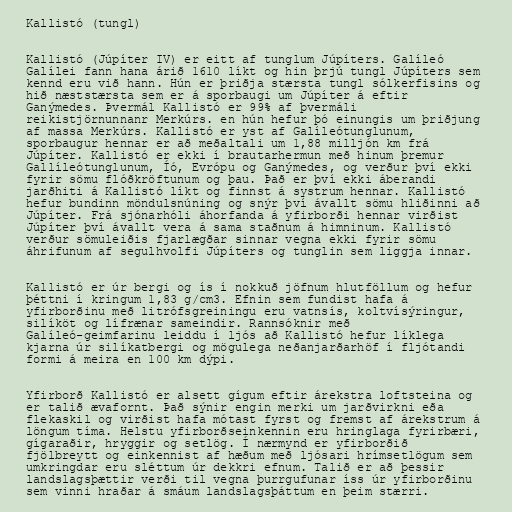
Kallistó (tungl)

Kallistó (Júpíter IV) er eitt af tunglum Júpíters. Galíleó
Galílei fann hana árið 1610 líkt og hin þrjú tungl Júpíters sem
kennd eru við hann. Hún er þriðja stærsta tungl sólkerfisins og
hið næststærsta sem er á sporbaugi um Júpíter á eftir
Ganýmedes. Þvermál Kallistó er 99% af þvermáli
reikistjörnunnanr Merkúrs. en hún hefur þó einungis um þriðjung
af massa Merkúrs. Kallistó er yst af Galíleótunglunum,
sporbaugur hennar er að meðaltali um 1,88 milljón km frá
Júpíter. Kallistó er ekki í brautarhermun með hinum þremur
Gallíleótunglunum, Íó, Evrópu og Ganýmedes, og verður því ekki
fyrir sömu flóðkröftunum og þau. Það er því ekki áberandi
jarðhiti á Kallistó líkt og finnst á systrum hennar. Kallistó
hefur bundinn möndulsnúning og snýr því ávallt sömu hliðinni að
Júpíter. Frá sjónarhóli áhorfanda á yfirborði hennar virðist
Júpíter því ávallt vera á sama staðnum á himninum. Kallistó
verður sömuleiðis fjarlægðar sinnar vegna ekki fyrir sömu
áhrifunum af segulhvolfi Júpíters og tunglin sem liggja innar.

Kallistó er úr bergi og ís í nokkuð jöfnum hlutföllum og hefur
þéttni í kringum 1,83 g/cm3. Efnin sem fundist hafa á
yfirborðinu með litrófsgreiningu eru vatnsís, koltvísýringur,
silíköt og lífrænar sameindir. Rannsóknir með
Galíleó-geimfarinu leiddu í ljós að Kallistó hefur líklega
kjarna úr silíkatbergi og mögulega neðanjarðarhöf í fljótandi
formi á meira en 100 km dýpi.

Yfirborð Kallistó er alsett gígum eftir árekstra loftsteina og
er talið ævafornt. Það sýnir engin merki um jarðvirkni eða
flekaskil og virðist hafa mótast fyrst og fremst af árekstrum á
löngum tíma. Helstu yfirborðseinkennin eru hringlaga fyrirbæri,
gígaraðir, hryggir og setlög. Í nærmynd er yfirborðið
fjölbreytt og einkennist af hæðum með ljósari hrímsetlögum sem
umkringdar eru sléttum úr dekkri efnum. Talið er að þessir
landslagsþættir verði til vegna þurrgufunar íss úr yfirborðinu
sem vinni hraðar á smáum landslagsþáttum en þeim stærri.